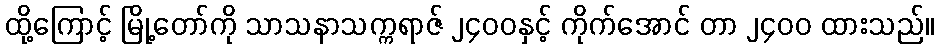
ထို့ကြောင့် မြို့တော်ကို သာသနာသက္ကရာဇ် ၂၄၀၀နှင့် ကိုက်အောင် တာ ၂၄၀၀ ထားသည်။